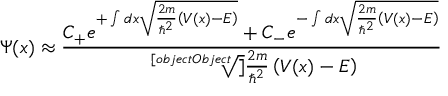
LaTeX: \Psi ( x ) \approx { \frac { C _ { + } e ^ { + \int d x { \sqrt { { \frac { 2 m } { \hbar ^ { 2 } } } \left( V ( x ) - E \right) } } } + C _ { - } e ^ { - \int d x { \sqrt { { \frac { 2 m } { \hbar ^ { 2 } } } \left( V ( x ) - E \right) } } } } { \sqrt [ [object Object] ] { { \frac { 2 m } { \hbar ^ { 2 } } } \left( V ( x ) - E \right) } } }